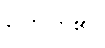
ပြောကြ၏။